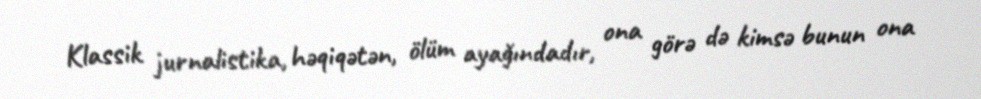
Klassik jurnalistika, həqiqətən, ölüm ayağındadır, ona görə də kimsə bunun ona